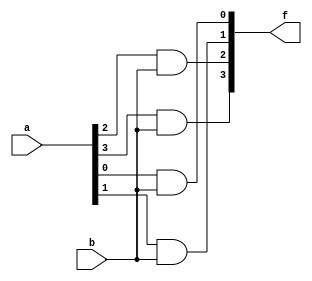
`timescale 1ns/1ps

module And_4x1(a, b, f);
    input [4-1:0] a;
    input b;
    output [4-1:0] f;

    and a0(f[0], a[0], b);
    and a1(f[1], a[1], b);
    and a2(f[2], a[2], b);
    and a3(f[3], a[3], b);

endmodule

module Dmux_1x2_4bit(d, sel, y1, y2);
    input [4-1:0] d;
    input sel;
    output [4-1:0] y1, y2;

    wire seln;

    not tmp_0(seln, sel);
    And_4x1 tmp_1(d, seln, y1);
    And_4x1 tmp_2(d, sel, y2);

endmodule

module Dmux_1x4_4bit(in, a, b, c, d, sel);
    input [4-1:0] in;
    input [2-1:0] sel;
    output [4-1:0] a, b, c, d;

    wire [4-1:0] t1, t2;

    Dmux_1x2_4bit tmp_3(in, sel[1], t1, t2);
    Dmux_1x2_4bit tmp_4(t1, sel[0], a, b);
    Dmux_1x2_4bit tmp_5(t2, sel[0], c, d);


endmodule